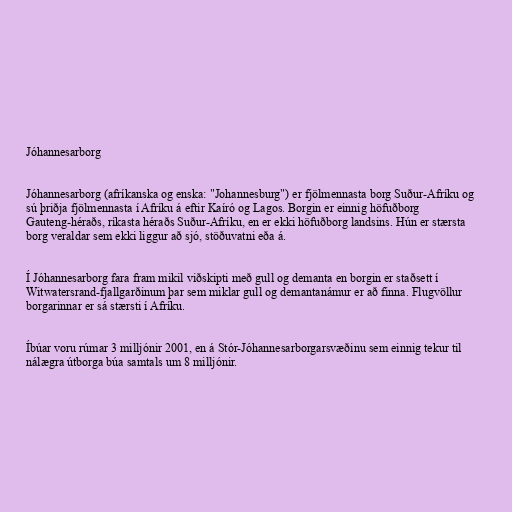
Jóhannesarborg

Jóhannesarborg (afríkanska og enska: "Johannesburg") er fjölmennasta borg Suður-Afríku og
sú þriðja fjölmennasta í Afríku á eftir Kaíró og Lagos. Borgin er einnig höfuðborg
Gauteng-héraðs, ríkasta héraðs Suður-Afríku, en er ekki höfuðborg landsins. Hún er stærsta
borg veraldar sem ekki liggur að sjó, stöðuvatni eða á.

Í Jóhannesarborg fara fram mikil viðskipti með gull og demanta en borgin er staðsett í
Witwatersrand-fjallgarðinum þar sem miklar gull og demantanámur er að finna. Flugvöllur
borgarinnar er sá stærsti í Afríku.

Íbúar voru rúmar 3 milljónir 2001, en á Stór-Jóhannesarborgarsvæðinu sem einnig tekur til
nálægra útborga búa samtals um 8 milljónir.